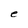
Character: e